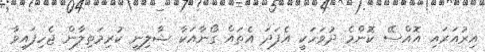
އިރުއަރައި އޮއްސޭ ކޮންމެ ދުވަހަކީ އެފަދަ އެތައް ގޯނާއަކާ ޝާލިނީ ކުރިމަތިލާން ޖެހިފައިވާ